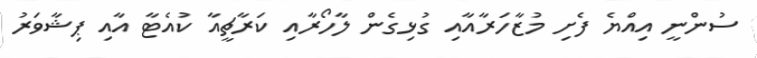
ސުންނީ އިއްޔެ ފެށި މުޒާހަރާއާއި ގުޅިގެން ލާހޯރާއި ކަރާޗީއާ ކުއެޓާ އާއި ޕިޝާވަރު